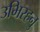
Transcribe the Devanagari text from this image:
उभिरहनु